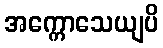
အက္ကောသေယျပိ